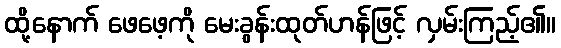
ထို့နောက် ဖေဖေ့ကို မေးခွန်းထုတ်ဟန်ဖြင့် လှမ်းကြည့်၏။